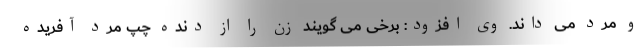
و مرد می داند. وی افزود: برخی می گویند زن را از دنده چپ مرد آفریده